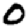
Digit: 0